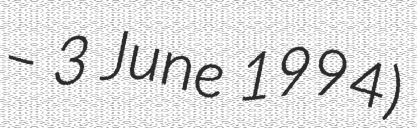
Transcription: – 3 June 1994)